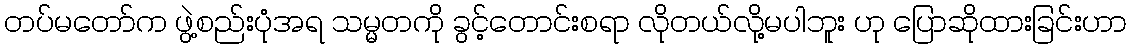
တပ်မတော်က ဖွဲ့စည်းပုံအရ သမ္မတကို ခွင့်တောင်းစရာ လိုတယ်လို့မပါဘူး ဟု ပြောဆိုထားခြင်းဟာ